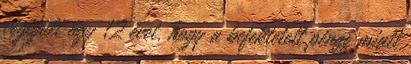
végigült úgy 12 évet, hogy a befektetett pénze miatt